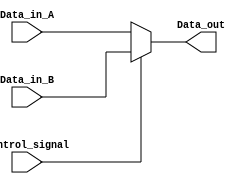




module Mux_16bits(control_signal,Data_in_A,Data_in_B,Data_out);
 input 			control_signal;
 input  [15:0] 	Data_in_A,Data_in_B;
 output [15:0]  Data_out;
 assign  Data_out=control_signal==0?Data_in_A:Data_in_B;
endmodule


module Mux_32_2bits(control_signal,Data_in_A,Data_in_B,Data_out);
 input 			control_signal;
 input  [31:0] 	Data_in_A,Data_in_B;
 output [31:0]  	Data_out;
 assign  Data_out=control_signal==0?Data_in_A:Data_in_B;
endmodule

module Mux_32_3bits(control_signal,Data_in_A,Data_in_B,Data_in_C,Data_out);
 input  [1:0]  control_signal;
 input  [4:0] 	Data_in_A,Data_in_B,Data_in_C;
 output [4:0]  Data_out;
 assign  Data_out=control_signal==0?Data_in_A:{control_signal==1?Data_in_B:Data_in_C};
endmodule